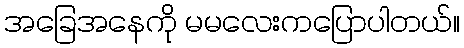
အခြေအနေကို မမလေးကပြောပါတယ်။